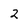
Character: 2